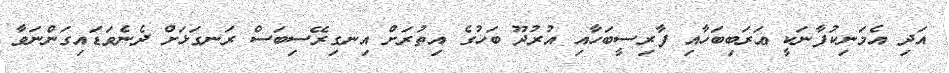
އަދި އެމަނިކުފާނަކީ ޢަރަބިބަހާއި ފާރިސީބަހާއި އުރުދޫ ބަހުގެ އިތުރަށް އިނގިރޭސިބަސް ރަނގަޅަށް ދެނެވަޑައިގަންނަވާ